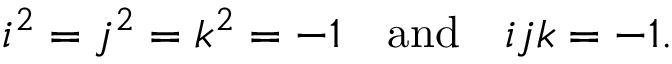
i ^ { 2 } = j ^ { 2 } = k ^ { 2 } = - 1 \quad \mathrm { a n d } \quad i j k = - 1 .